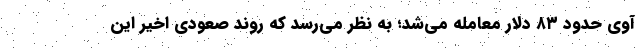
آوی حدود ۸۳ دلار معامله می‌شد؛ به نظر می‌رسد که روند صعودی اخیر این